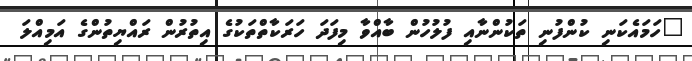
"ހަމައެކަނި ކުންފުނި ތަކުންނާއި ފުލުހުން ބާއްވާ މިފަދަ ހަރަކާތްތަކުގެ އިތުރުން ރައްޔިތުންގެ އަމިއްލަ